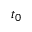
t _ { 0 }